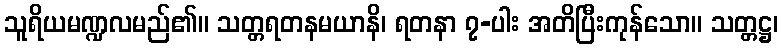
သူရိယမဏ္ဍလမည်၏။ သတ္တရတနမယာနိ၊ ရတနာ ၇-ပါး အတိပြီးကုန်သော။ သတ္တဋ္ဌ၊